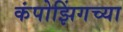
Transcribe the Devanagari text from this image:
कंपोझिंगच्या